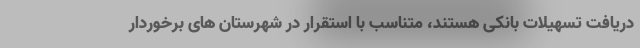
دریافت تسهیلات بانکی هستند، متناسب با استقرار در شهرستان های برخوردار